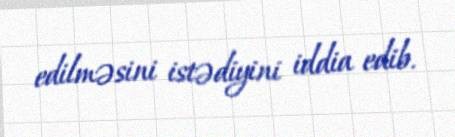
edilməsini istədiyini iddia edib.